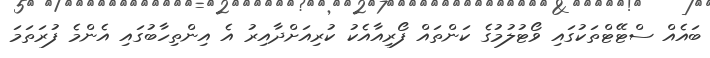
ބައެއް ސްޓޭޓްތަކުގައި ވޯޓުލުމުގެ ކަންތައް ފޯރިއާއެކު ކުރިއަށްދާއިރު އެ އިންތިހާބުގައި އެންމެ ފުރަތަމަ